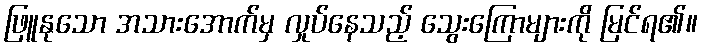
ဖြူနုသော အသားအောက်မှ လှုပ်နေသည့် သွေးကြောများကို မြင်ရ၏။